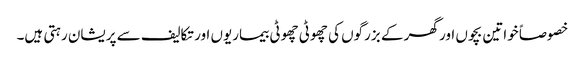
خصوصاً خواتین بچوں اور گھر کے بزرگوں کی چھوٹی چھوٹی بیماریوں اور تکالیف سے پریشان رہتی ہیں۔